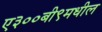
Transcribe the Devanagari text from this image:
ए३००बी९मधील